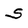
Character: S